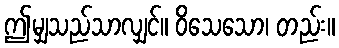
ဤမျှသည်သာလျှင်။ ဝိသေသော၊ တည်း။